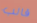
قالب